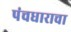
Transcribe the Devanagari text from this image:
पंचधाराचा